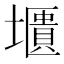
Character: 㙺